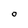
Character: O